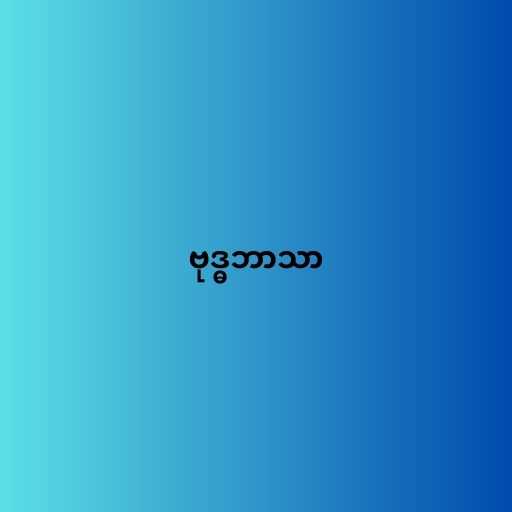
ဗုဒ္ဓဘာသာ